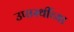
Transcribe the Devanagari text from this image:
उपास्थींच्या